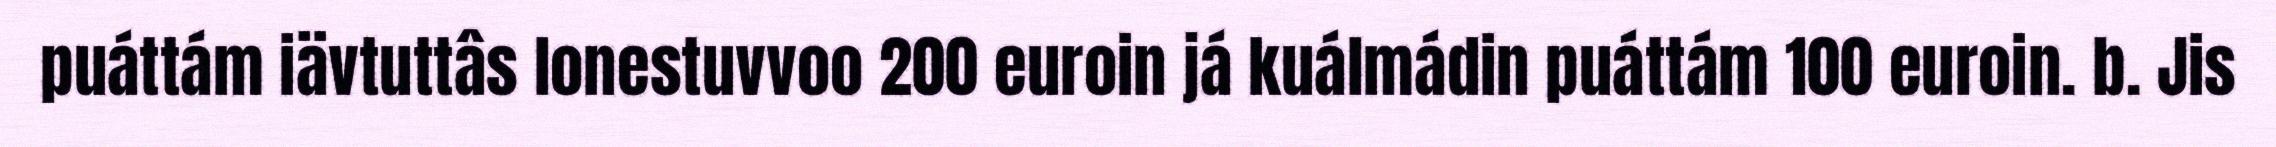
puáttám iävtuttâs lonestuvvoo 200 euroin já kuálmádin puáttám 100 euroin. b. Jis